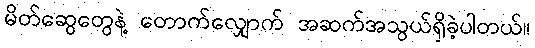
မိတ်ဆွေတွေနဲ့ တောက်လျှောက် အဆက်အသွယ်ရှိခဲ့ပါတယ်။